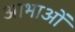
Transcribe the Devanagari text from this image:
आभाओं